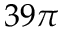
3 9 \pi